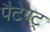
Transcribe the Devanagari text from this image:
पैटेण्ट्‍